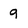
Character: 9